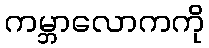
ကမ္ဘာလောကကို